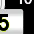
Digit: 5